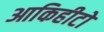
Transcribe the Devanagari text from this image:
आकिहीटो